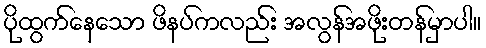
ပိုထွက်နေသော ဖိနပ်ကလည်း အလွန်အဖိုးတန်မှာပါ။